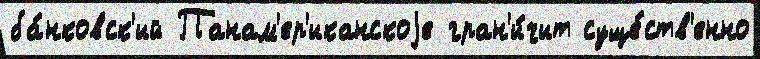
ба́нковск'ий Панам'ер'иканскоjе гран'и́чит суще́ств'енно